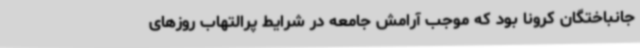
جانباختگان کرونا بود که موجب آرامش جامعه در شرایط پرالتهاب روزهای